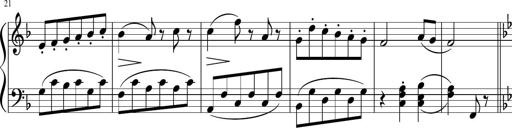
Title: 3 Sonatinen
Composer: Heinrich Lichner